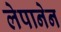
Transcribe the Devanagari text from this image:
लेपानेन